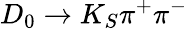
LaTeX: D_{0}\to K_{S}\pi^{+}\pi^{-}